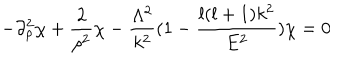
LaTeX: - \partial _ { \rho } ^ { 2 } \chi + \frac { 2 } { \rho ^ { 2 } } \chi - \frac { \Lambda ^ { 2 } } { k ^ { 2 } } ( 1 - \frac { l ( l + 1 ) k ^ { 2 } } { E ^ { 2 } } ) \chi = 0